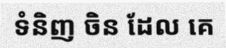
ទំនិញ ចិន ដែល គេ